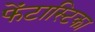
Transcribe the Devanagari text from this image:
फेंटास्टिका